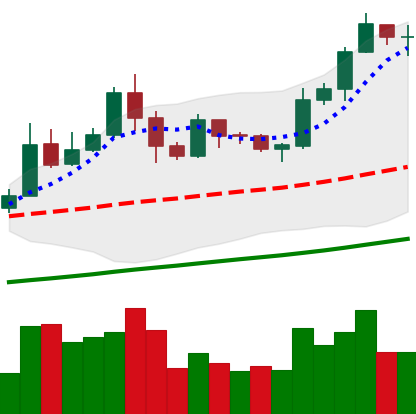
Ticker: LTC-USD
Chart end date: 2019-05-29
Forward return: -6.615%
Label: down_5_7